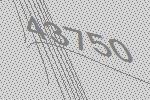
43750